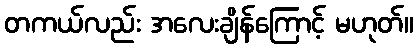
တကယ်လည်း အလေးချိန်ကြောင့် မဟုတ်။